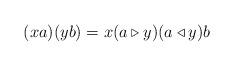
LaTeX: \begin{align*}(xa)(yb)=x(a\triangleright y)(a\triangleleft y)b\end{align*}